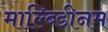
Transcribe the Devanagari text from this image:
माल्ब्डिीनम